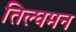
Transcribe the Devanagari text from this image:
तिल्घमन